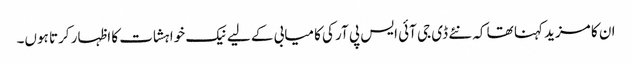
ان کا مزید کہنا تھا کہ نئے ڈی جی آئی ایس پی آر کی کامیابی کے لیے نیک خواہشات کا اظہار کرتا ہوں۔